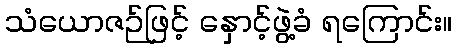
သံယောဇဉ်ဖြင့် နှောင့်ဖွဲ့ခံ ရကြောင်း။